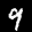
Label: 9